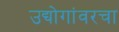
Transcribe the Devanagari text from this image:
उद्योगांवरचा